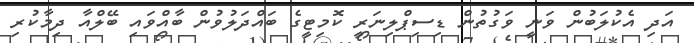
އަދި އެކުލަބުން ވަނީ ވަގުތުން ޑިސިޕްލިނަރީ ކޮމިޓީގެ ބައްދަލުވުން ބާއްވައި ބޭލްއާ ދިމާކުރި